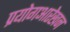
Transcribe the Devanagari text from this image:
प्रयोगआरेखन